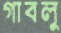
গাবলু